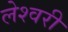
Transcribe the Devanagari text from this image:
लेश्वरी